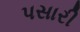
પસારી